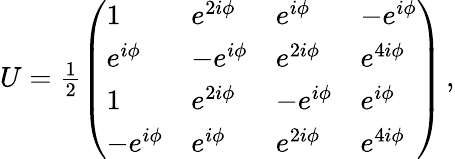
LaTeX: \begin{array}{r}{U=\frac{1}{2}\left(\begin{array}{llll}{1}&{e^{2i\phi}}&{e^{i\phi}}&{-e^{i\phi}}\\ {e^{i\phi}}&{-e^{i\phi}}&{e^{2i\phi}}&{e^{4i\phi}}\\ {1}&{e^{2i\phi}}&{-e^{i\phi}}&{e^{i\phi}}\\ {-e^{i\phi}}&{e^{i\phi}}&{e^{2i\phi}}&{e^{4i\phi}}\end{array}\right)\, ,}\end{array}